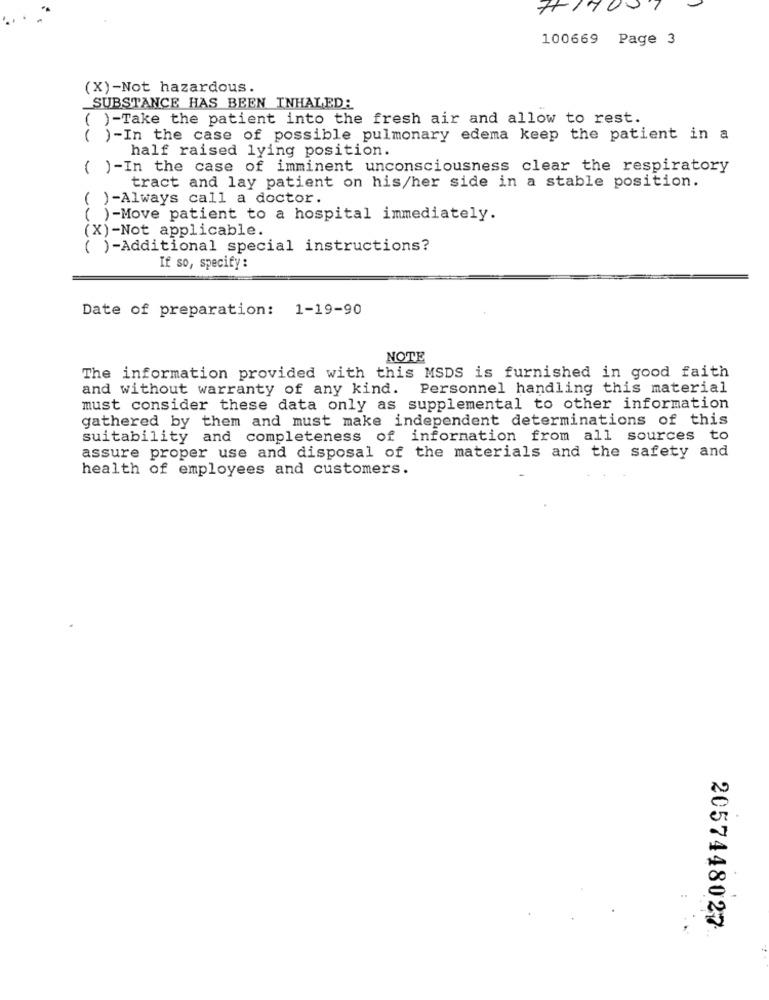
#1700
100669 Page 3
(X)-Not hazardous.
SUBSTANCE HAS BEEN INHALED:
( )-Take the patient into the fresh air and allow to rest.
( )-In the case of possible pulmonary edema keep the patient in a
half raised lying position.
( )-In the case of imminent unconsciousness clear the respiratory
tract and lay patient on his/her side in a stable position.
( )-Always call a doctor.
( )-Move patient to a hospital immediately.
(X)-Not applicable.
( )-Additional special instructions?
If so, specify:
Date of preparation: 1-19-90
NOTE
The information provided with this MSDS is furnished in good faith
and without warranty of any kind. Personnel handling this material
must consider these data only as supplemental to other information
gathered by them and must make independent determinations of this
suitability and completeness of information from all sources to
assure proper use and disposal of the materials and the safety and
health of employees and customers.
2057448027